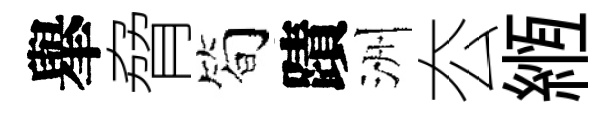
𦦙脅筍蹟洲厺縆